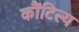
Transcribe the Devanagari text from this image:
कौंटिल्य